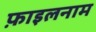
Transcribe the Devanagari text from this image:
फ़ाइलनाम